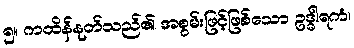
၅။ ကထိန်နုတ်သည်၏ အစွမ်းဖြင့်ဖြစ်သော ဥဒ္ဓါရကံ၊